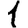
Digit: 1